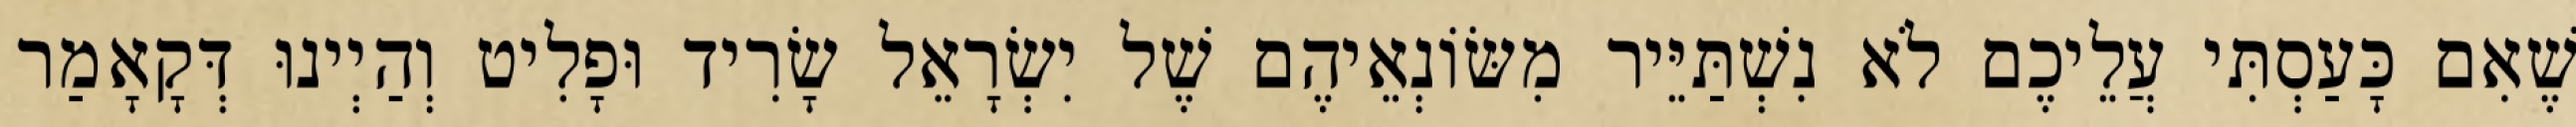
שֶׁאִם כָּעַסְתִּי עֲלֵיכֶם לֹא נִשְׁתַּיֵּיר מִשּׂוֹנְאֵיהֶם שֶׁל יִשְׂרָאֵל שָׂרִיד וּפָלִיט וְהַיְינוּ דְּקָאָמַר